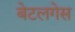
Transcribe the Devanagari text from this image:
बेटलगेस